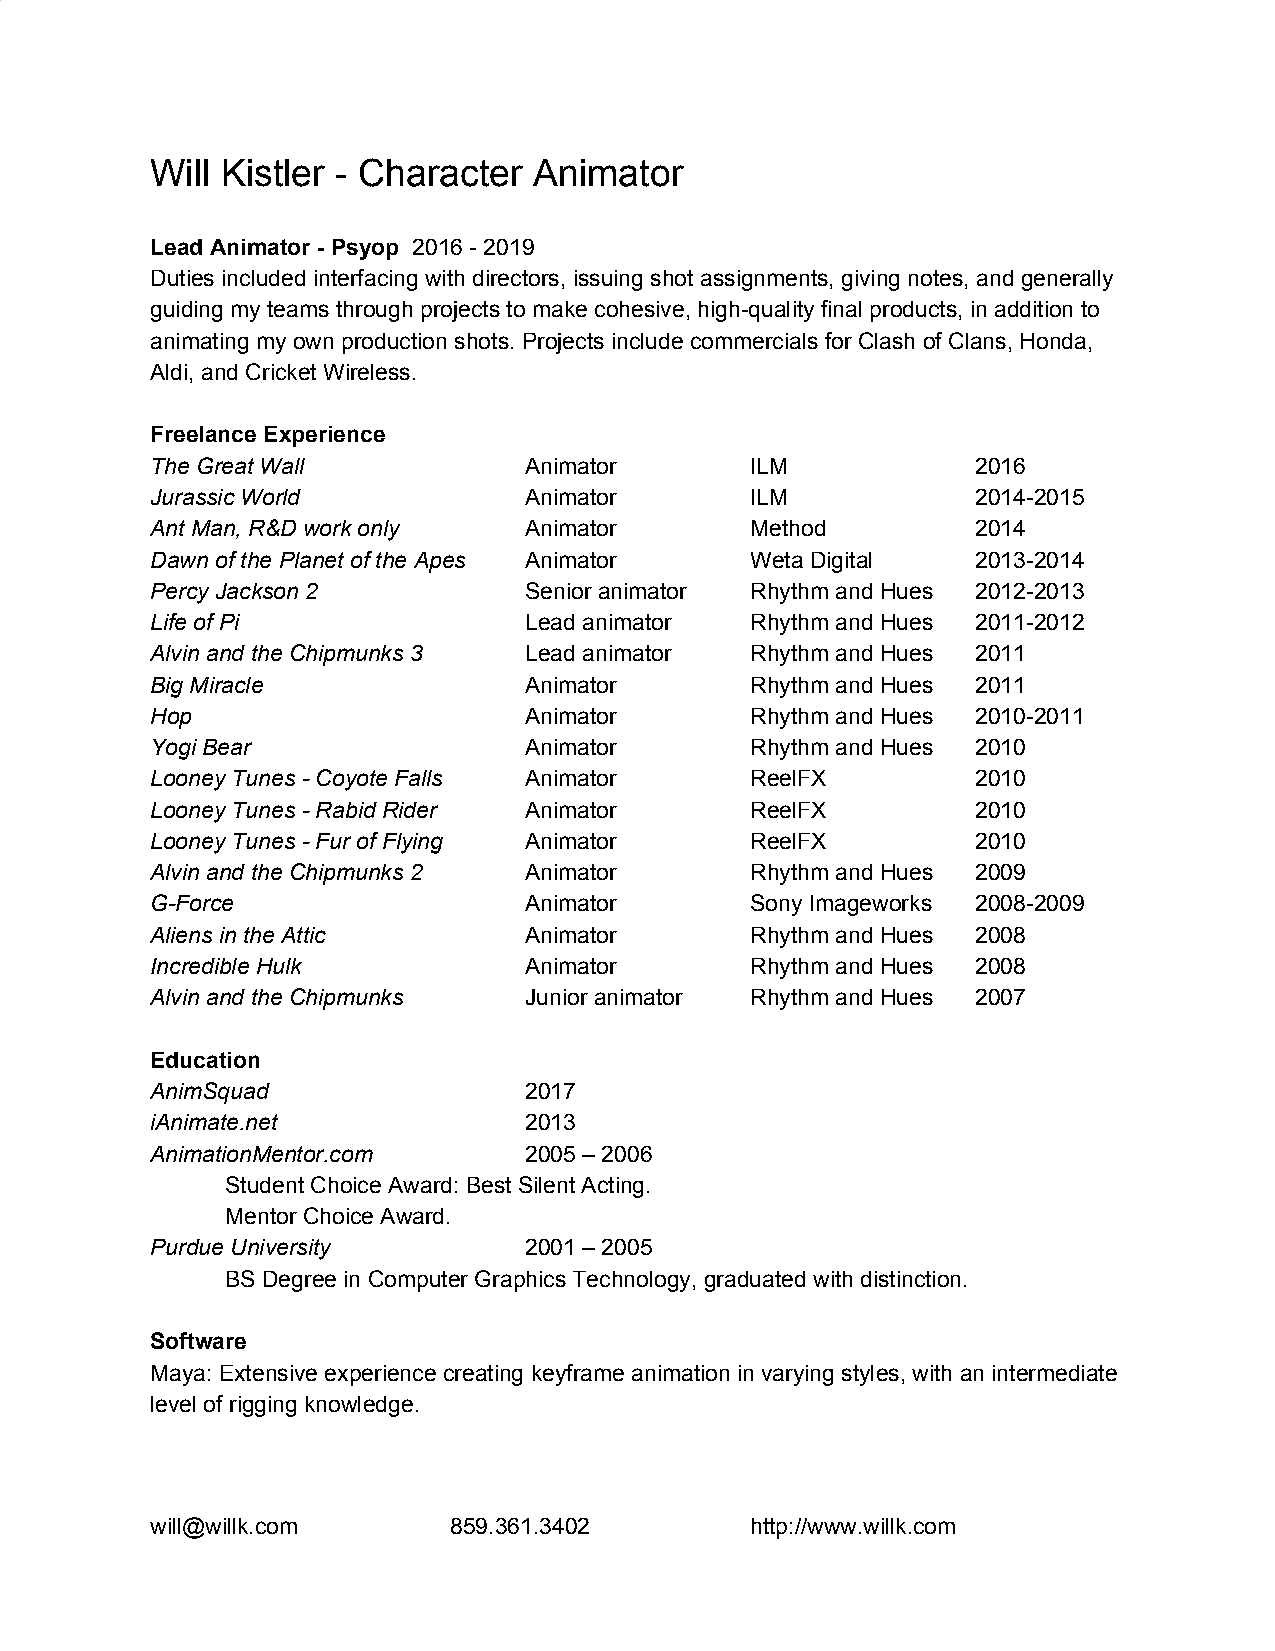
Will Kistler - Character Animator
 Lead Animator - Psyop 2016 - 2019
 ​
 Duties included interfacing with directors, issuing shot assignments, giving notes, and generally
 guiding my teams through projects to make cohesive, high-quality final products, in addition to
 animating my own production shots. Projects include commercials for Clash of Clans, Honda,
 Aldi, and Cricket Wireless.
 Freelance Experience
 The Great Wall           Animator       ILM            2016
 Jurassic World           Animator       ILM            2014-2015
 Ant Man, R&D work only   Animator       Method         2014
 Dawn of the Planet of the Apes Animator Weta Digital   2013-2014
 Percy Jackson 2          Senior animator Rhythm and Hues 2012-2013
 Life of Pi               Lead animator  Rhythm and Hues 2011-2012
 Alvin and the Chipmunks 3 Lead animator Rhythm and Hues 2011
 Big Miracle              Animator       Rhythm and Hues 2011
 Hop                      Animator       Rhythm and Hues 2010-2011
 Yogi Bear                Animator       Rhythm and Hues 2010
 Looney Tunes - Coyote Falls Animator    ReelFX         2010
 Looney Tunes - Rabid Rider Animator     ReelFX         2010
 Looney Tunes - Fur of Flying Animator   ReelFX         2010
 Alvin and the Chipmunks 2 Animator      Rhythm and Hues 2009
 G-Force                  Animator       Sony Imageworks 2008-2009
 Aliens in the Attic      Animator       Rhythm and Hues 2008
 Incredible Hulk          Animator       Rhythm and Hues 2008
 Alvin and the Chipmunks  Junior animator Rhythm and Hues 2007
 Education
 AnimSquad                2017
 iAnimate.net             2013
 AnimationMentor.com      2005 – 2006
 Student Choice Award: Best Silent Acting.
 Mentor Choice Award.
 Purdue University        2001 – 2005
 BS Degree in Computer Graphics Technology, graduated with distinction.
 Software
 Maya: Extensive experience creating keyframe animation in varying styles, with an intermediate
 level of rigging knowledge.
 will@willk.com      859.361.3402        http://www.willk.com